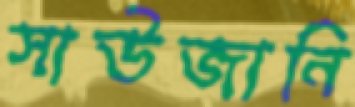
সাউজানি